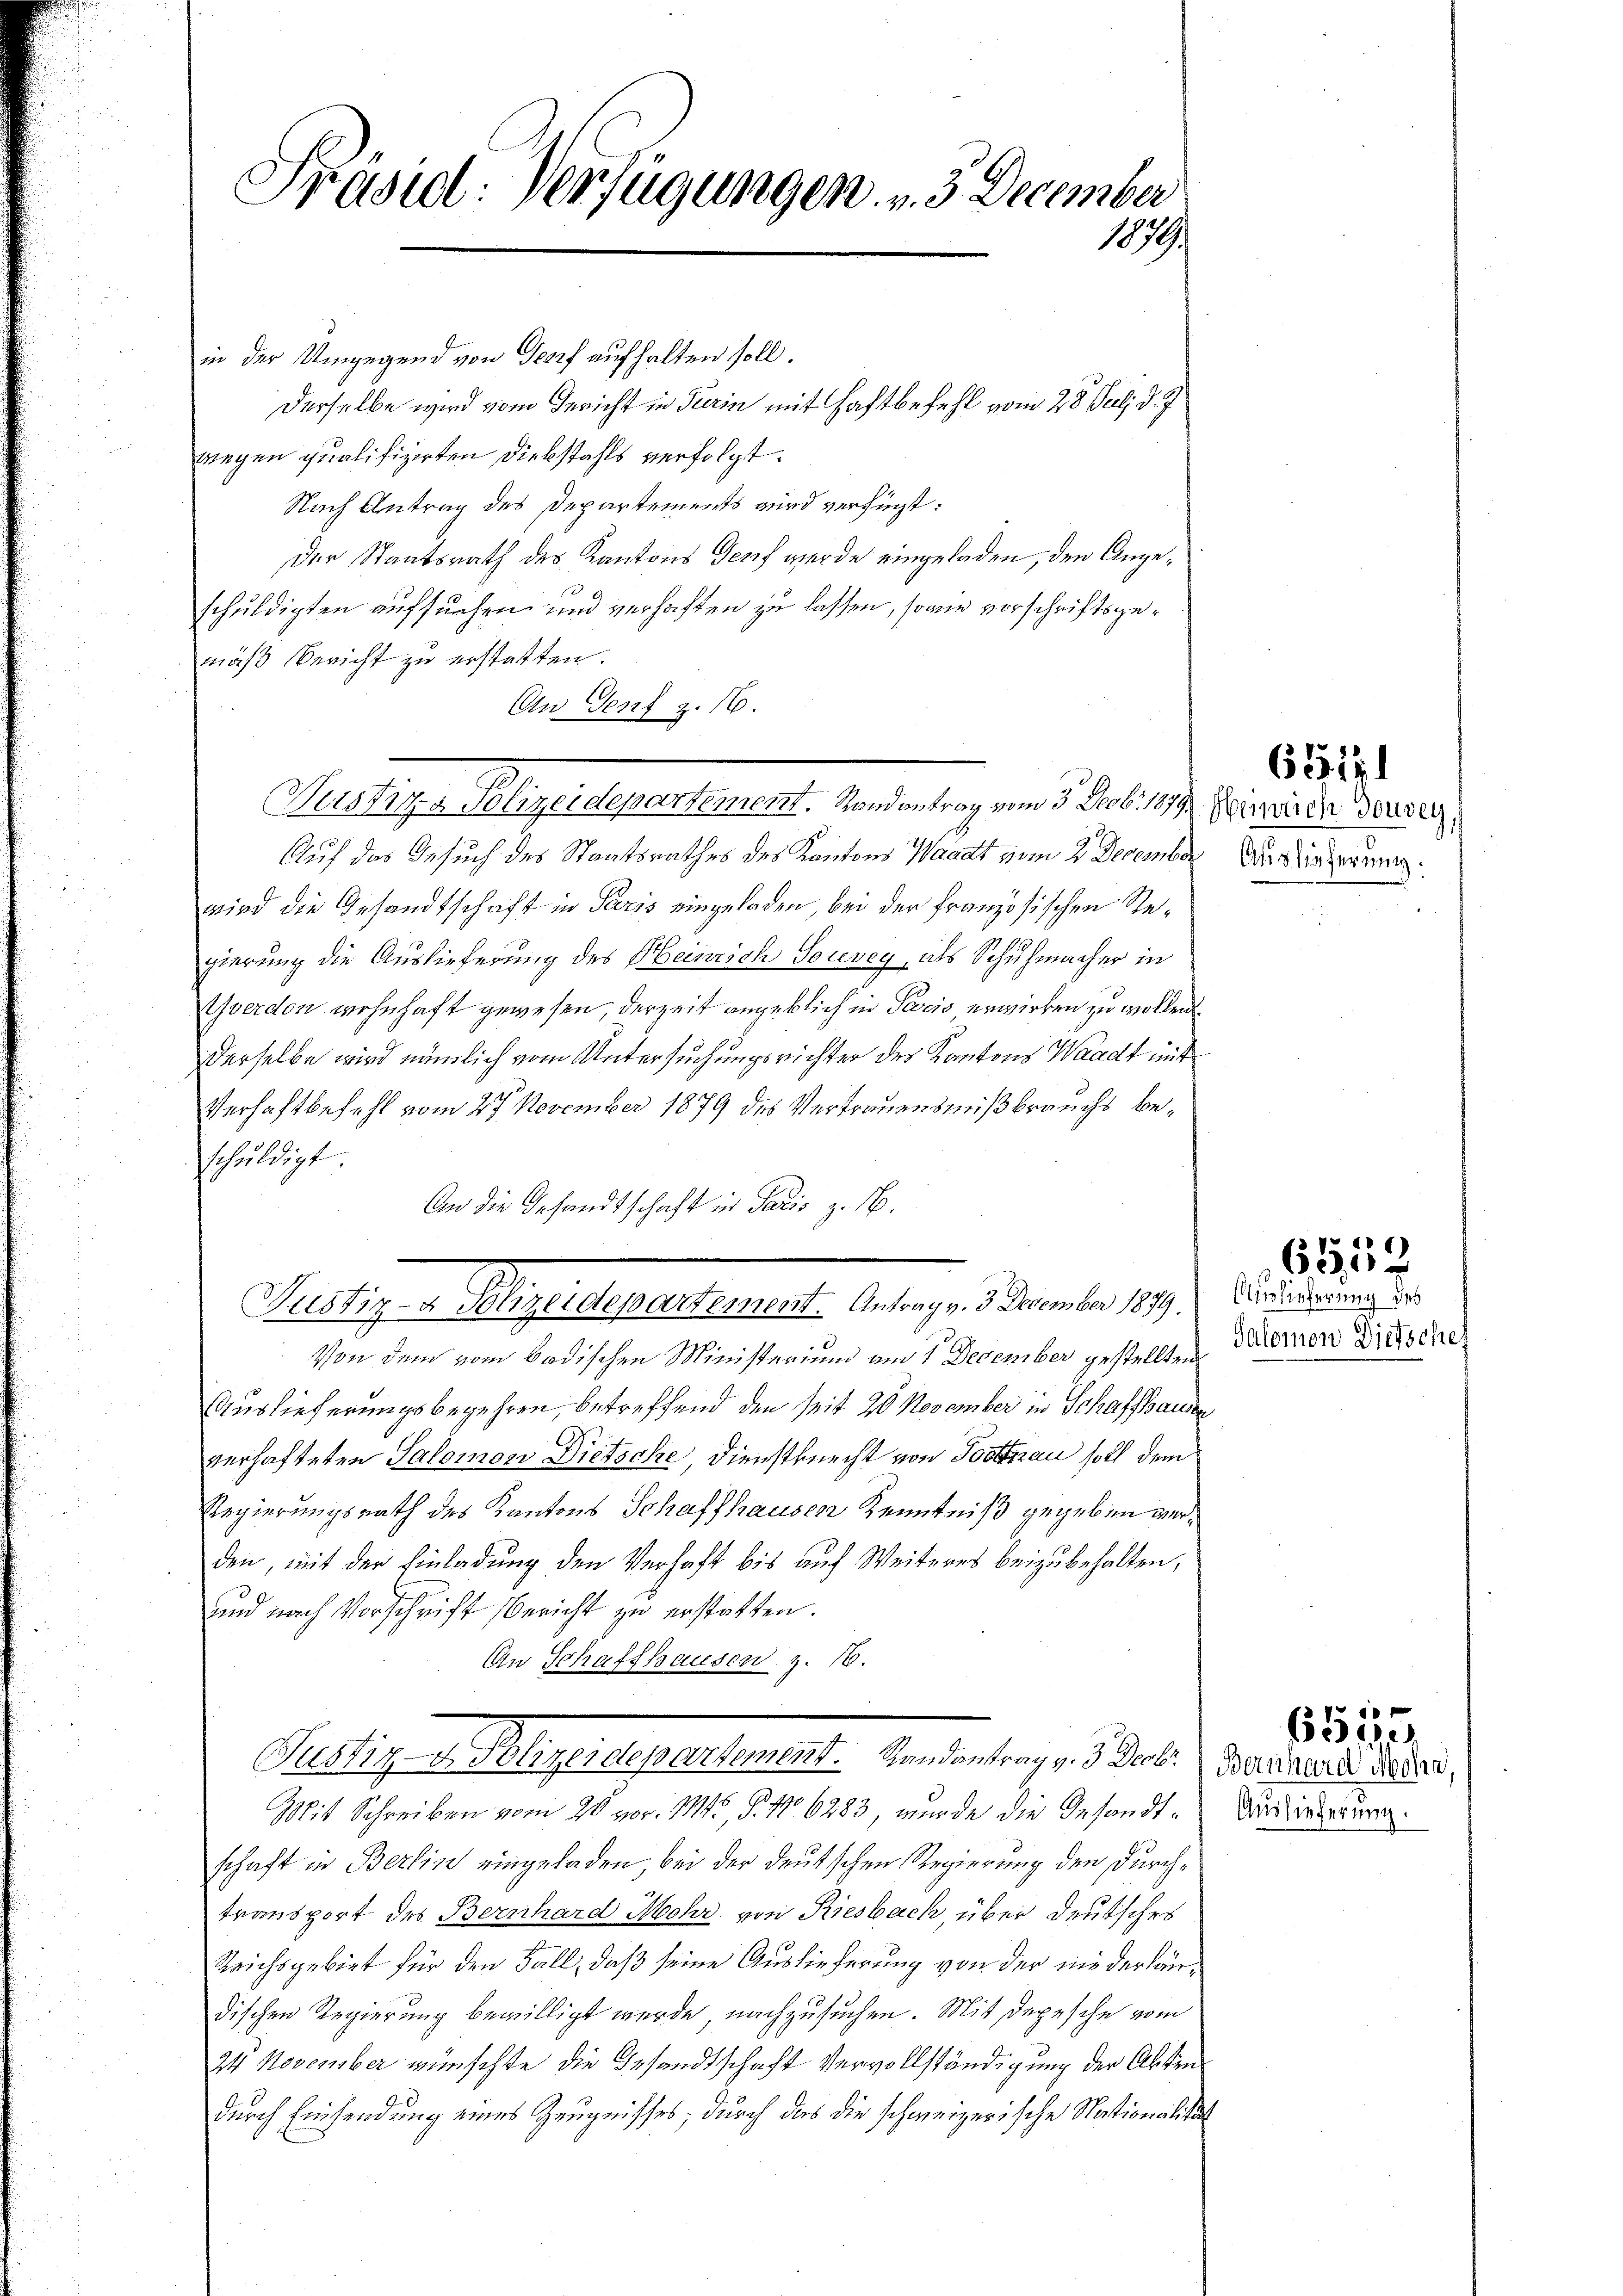
Präsid. Verfügungen v. 3. December
1079.

in der Umgegend von Genf aufhalten soll.
derselbe wird vom Gericht in Pierin mit Haftbefehl vom 28. Pecli d. J
wegen qualifizirten Diebstahls verfolgt.
Nach Antrag des Departements wird verfügt:
Der Staatsrath des Kantons Genf werde eingeladen, den Angeschuldigten aufsuchen und verhaften zu lassen, sowie vorschriftsgemäß Bericht zu erstatten.
An Genf z. 16.
Susky ligendepartement. Handen trag vom 5. Jul. 19. Oberwinde dersez
Auf das Gesuch des Staatsrathes des Kantons Waadt vom 2. December Auslieferun
wird die Gesandtschaft in Paris eingeladen, bei der französischen Regierung die Auslieferung des Heinrich Socevey, als Schuhmacher in
Yverdon wohnhaft gewesen, derzeit angeblich in Paris erwirken zu wollen.
derselbe wird nämlich vom Untersuchungsrichter des Kantons Waadt mit
Verhaftbefehl vom 27. November 1879 des Vertrauensmißbrauchs beschuldigt
An die Gesandtschaft in Paris z. B.

Von dem vom badischen Ministerium am 1. December gestellten Dimen Dietsche
Auslieferungsbegehren, betreffend den seit 20 November in Schaffhausen
verhafteten Salomon Dietsche, Dienstknecht von Posttnau soll dem
Regierungsrath des Kantons Schaffhausen Kenntniß gegeben verden, mit der Einladung den Verhaft bis auf Weiteres beizubehalten,
und nach Vorschrift Bericht zu erstatten.
An Schaffhausen, z. 16.
Mit Schreiben vom 20. vor. Mts, P. Nr. 6283, wurde die Gesandtschaft in Berlin eingeladen, bei der deutschen Regierung den Durchtransport des Bernhard Mehr von Riesbach, über deutsches
Reichsgebiet für den Fall, daß seine Auslieferung von der niederländischen Regierung bewilligt werde, nachzusuchen. Mit Depesche vom
24 November wünschte die Gesandtschaft Vervollständigung der Abtei
durch Einsendung eines Zeugnisses, durch das die schweizerische Nationalitär

Rustiz v. Meyriepertement. Antrage. Dammber 1891. Ausserung

Pertig. v. Pligeretentement. Gendantrag v. 3. Frk. 7. Mai der andert,

6112

6550

Auslieferung.

6555.